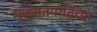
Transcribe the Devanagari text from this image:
गुजरातपर्यंतच्या